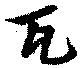
瓦